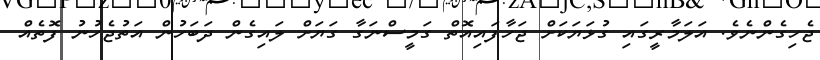
ޖެހިގެންނެވެ. އަލަމާރީގައި ގުޅަޔަކަށް ޖަހާފައިއޮތް ގަމީސްނަގާ ގަޔަށް ލައިގެން ދަބަހުން އަތުޖެހުނު ފޮތެއް